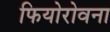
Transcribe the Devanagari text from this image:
फियोरोवना